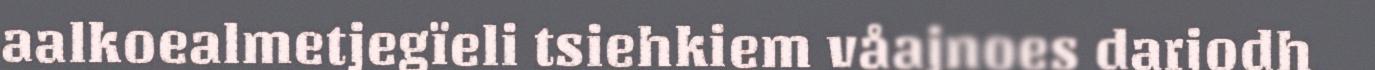
aalkoealmetjegïeli tsiehkiem våajnoes darjodh